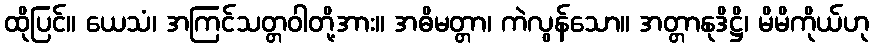
ထိုပြင်။ ယေသံ၊ အကြင်သတ္တဝါတို့အား။ အဓိမတ္တာ၊ ကဲလွန်သော။ အတ္တာနုဒိဋ္ဌိ၊ မိမိကိုယ်ဟု